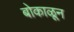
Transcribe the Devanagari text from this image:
बोकाळून